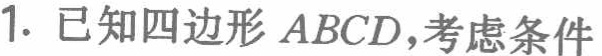
1. 已知四边形 \(ABCD\)，考虑条件